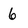
Character: 6